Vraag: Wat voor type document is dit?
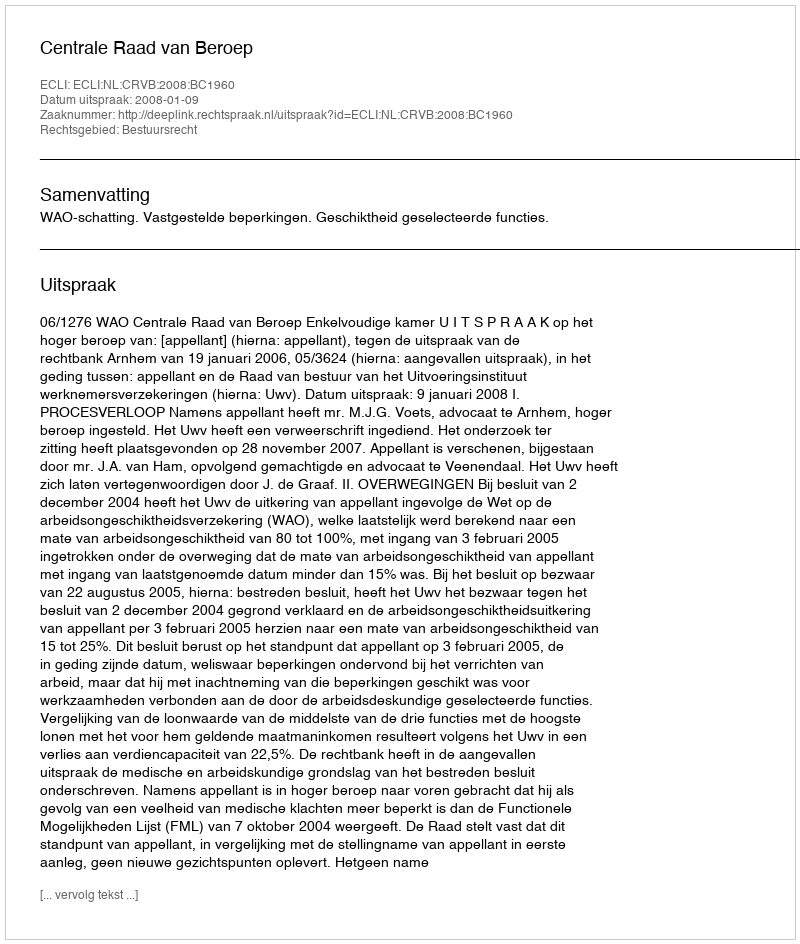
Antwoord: Uitspraak